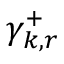
\gamma _ { k , r } ^ { + }